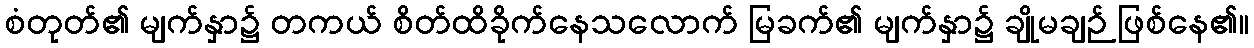
စံတုတ်၏ မျက်နှာ၌ တကယ် စိတ်ထိခိုက်နေသလောက် မြခက်၏ မျက်နှာ၌ ချိုမချဉ် ဖြစ်နေ၏။